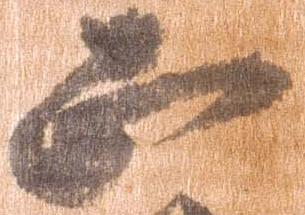
五